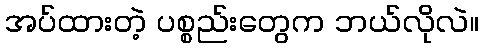
အပ်ထားတဲ့ ပစ္စည်းတွေက ဘယ်လိုလဲ။